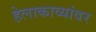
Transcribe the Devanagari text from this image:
हेलाकाव्यांवर